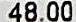
48.00